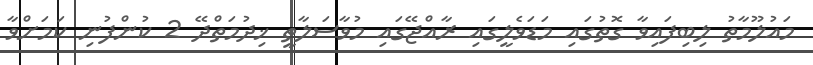
މައުލޫމާތު ލިބިފައިވާ ގޮތުގައި މަޑަވެލީގައި ރާއްޖޭގައި މުވާސަލާތީ ޚިދުމަތްދޭ 2 ކުންފުނި ކަމަށްވާ